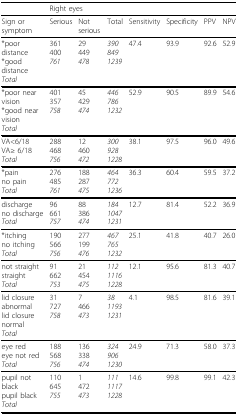
|  | <COLSPAN=7> Right eyes |
 | --- | --- | --- | --- | --- | --- | --- | --- |
 | Sign or symptom | Serious | Not serious | Total | Sensitivity | Specificity | PPV | NPV |
 | *poor distance*good distanceTotal | 361400761 | 29449478 | 3908491239 | 47.4 | 93.9 | 92.6 | 52.9 |
 | *poor near vision*good near visionTotal | 401357758 | 45429474 | 4467861232 | 52.9 | 90.5 | 89.9 | 54.6 |
 | VA<6/18VA≥ 6/18Total | 288468756 | 12460472 | 3009281228 | 38.1 | 97.5 | 96.0 | 49.6 |
 | *painno painTotal | 276485761 | 188287475 | 4647721236 | 36.3 | 60.4 | 59.5 | 37.2 |
 | dischargeno dischargeTotal | 96661757 | 88386474 | 18410471231 | 12.7 | 81.4 | 52.2 | 36.9 |
 | *itchingno itchingTotal | 190566756 | 277199476 | 4677651232 | 25.1 | 41.8 | 40.7 | 26.0 |
 | not straightstraightTotal | 91662753 | 21454475 | 11211161228 | 12.1 | 95.6 | 81.3 | 40.7 |
 | lid closure abnormallid closure normalTotal | 31727758 | 7466473 | 3811931231 | 4.1 | 98.5 | 81.6 | 39.1 |
 | eye redeye not redTotal | 188568756 | 136338474 | 3249061230 | 24.9 | 71.3 | 58.0 | 37.3 |
 | pupil not blackpupil blackTotal | 110645755 | 1472473 | 11111171228 | 14.6 | 99.8 | 99.1 | 42.3 |